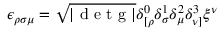
\epsilon _ { \rho \sigma \mu } = \sqrt { | \mathrm { ~ d ~ e ~ t ~ g ~ } | } \delta _ { [ \rho } ^ { 0 } \delta _ { \sigma } ^ { 1 } \delta _ { \mu } ^ { 2 } \delta _ { \nu ] } ^ { 3 } \xi ^ { \nu }